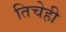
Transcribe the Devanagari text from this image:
तिचेही